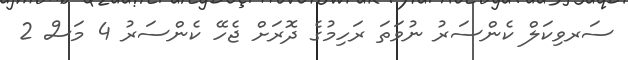
ސަރވިކަލް ކެންސަރު ނުވަތަ ރަހިމުގެ ދޮރަށް ޖެހޭ ކެންސަރު 4 މަސް 2